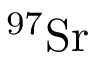
^ { 9 7 } \mathrm { S r }